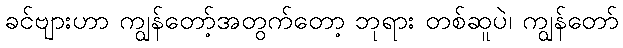
ခင်ဗျားဟာ ကျွန်တော့်အတွက်တော့ ဘုရား တစ်ဆူပဲ၊ ကျွန်တော်